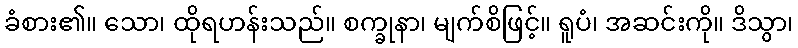
ခံစား၏။ သော၊ ထိုရဟန်းသည်။ စက္ခုနာ၊ မျက်စိဖြင့်။ ရူပံ၊ အဆင်းကို။ ဒိသွာ၊